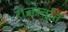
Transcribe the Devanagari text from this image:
राजस्तुति